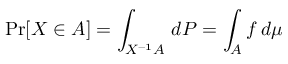
\operatorname* { P r } [ X \in A ] = \int _ { X ^ { - 1 } A } \, d P = \int _ { A } f \, d \mu